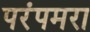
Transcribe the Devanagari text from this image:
परंपमरा